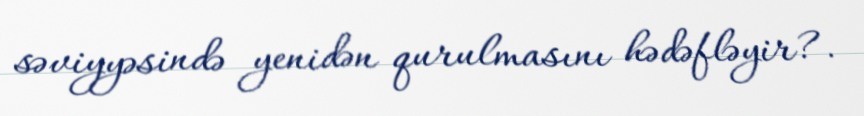
səviyyəsində yenidən qurulmasını hədəfləyir?.